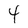
Character: 4